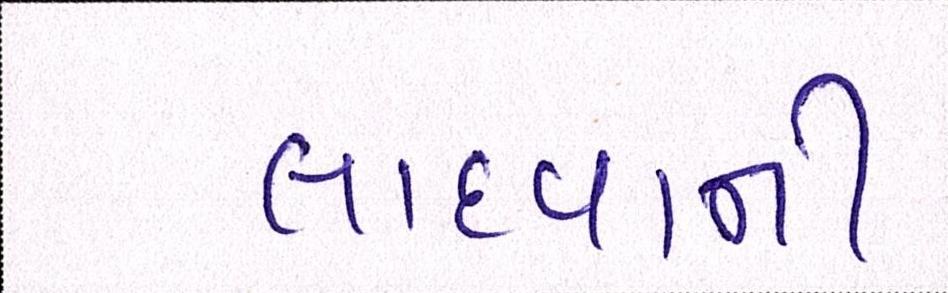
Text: લાદવાની